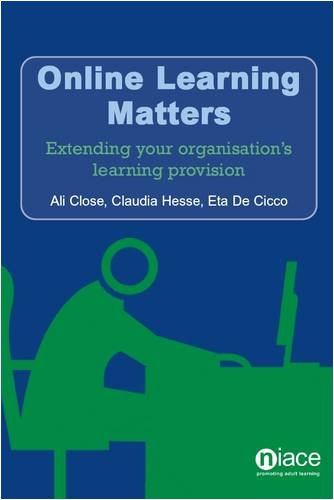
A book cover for Online Learning Matters; Ali Close; Computers & Technology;